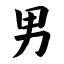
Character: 男